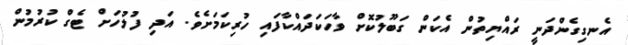
އެނގިގެންދަނީ ރައްޔިތުން އެކަން ގަބޫލުކޮށް ވާހަކަދައްކާފައި ހުރިކަމަށެވެ. އަދި ފުލުހަށް ޓެގް ކުރުމުން